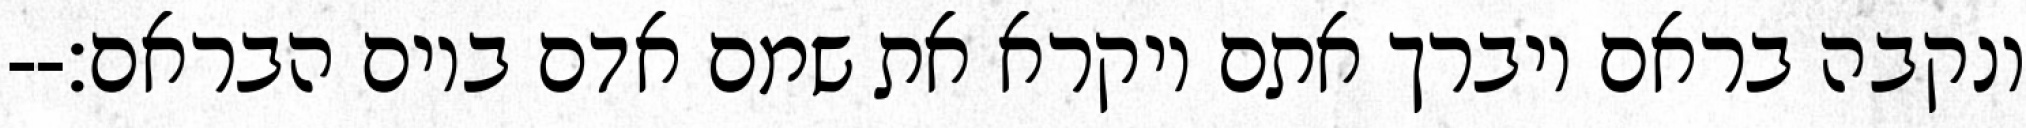
ונקבה בראם ויברך אתם ויקרא את שמם אדם ביום הבראם׃--